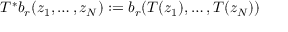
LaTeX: T ^ { * } b _ { r } ( z _ { 1 } , \ldots , z _ { N } ) : = b _ { r } ( T ( z _ { 1 } ) , \ldots , T ( z _ { N } ) )